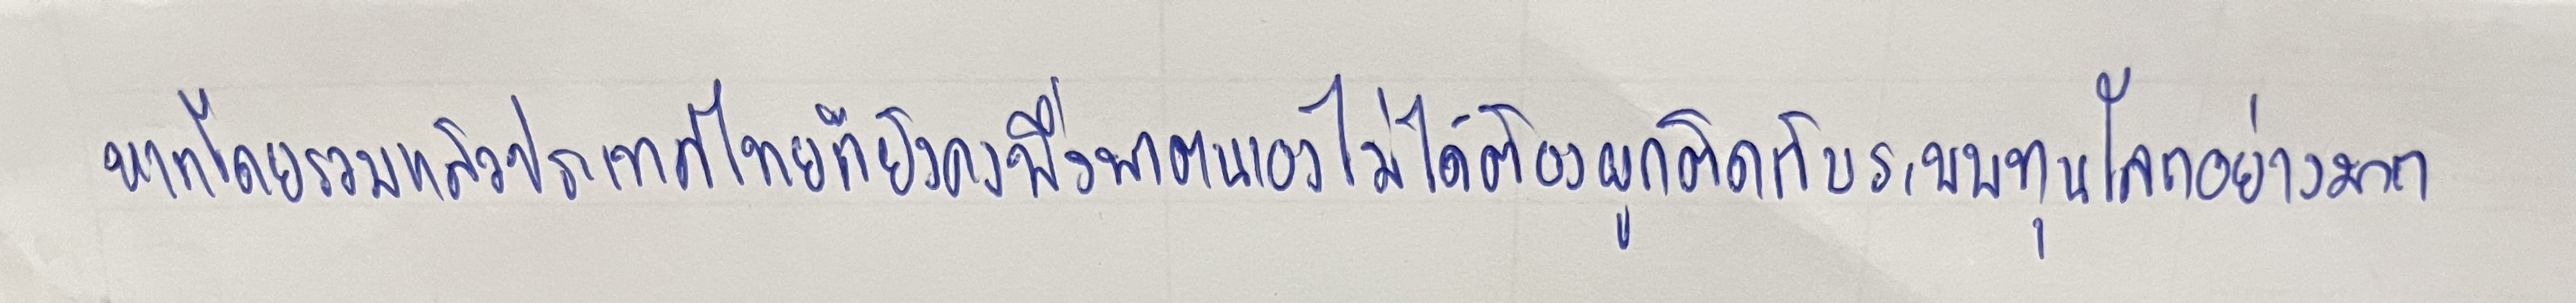
หากโดยรวมแล้วประเทศไทยก็ยังคงพึ่งพาตนเองไม่ได้ต้องผูกติดกับระบบทุนโลกอย่างมาก